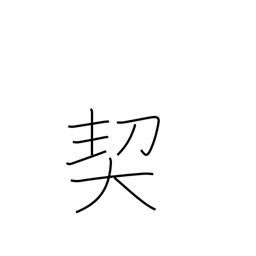
Meaning: pledge